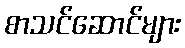
စာသင်ဆောင်များ